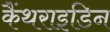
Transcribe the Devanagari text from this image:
कैंथराइडिन